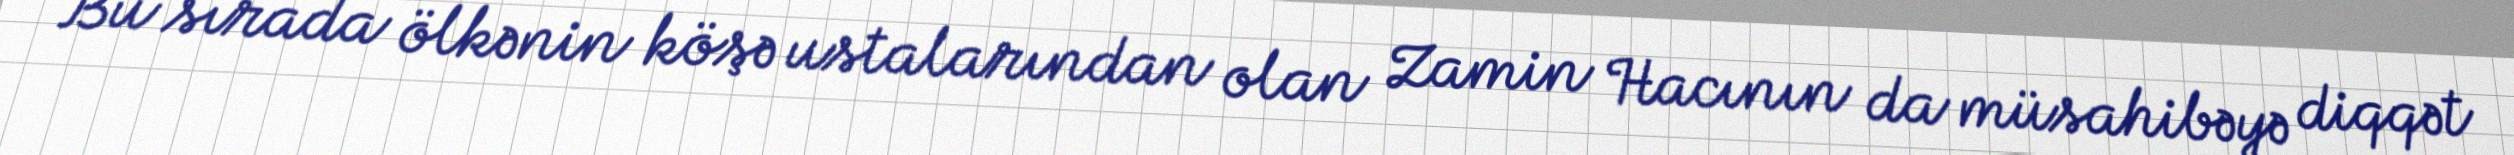
Bu sırada ölkənin köşə ustalarından olan Zamin Hacının da müsahibəyə diqqət